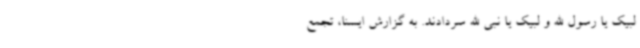
لبیک یا رسول الله و لبیک یا نبی الله سردادند. به گزارش ایسنا، تجمع